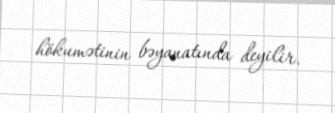
hökumətinin bəyanatında deyilir.